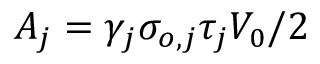
A _ { j } = \gamma _ { j } \sigma _ { o , j } \tau _ { j } V _ { 0 } / 2